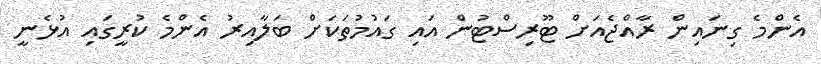
އެންމެ ގިނައިން ރާއްޖެއަށް ޓޫރިސްޓުން އައި ގައުމުތަކަށް ބަލާއިރު އެންމެ ކުރީގައި އުޅެނީ